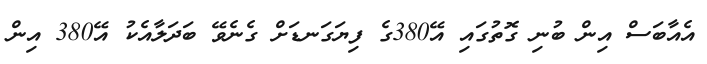
އެއާބަސް އިން ބުނި ގޮތުގައި އޭ380ގެ ފިޔަގަނޑަށް ގެނެވޭ ބަދަލާއެކު އޭ380 އިން